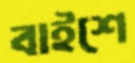
বাইশে